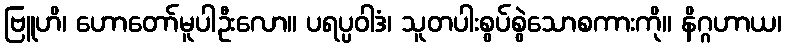
ဗြူဟိ၊ ဟောတော်မူပါဦးလော။ ပရပ္ပဝါဒံ၊ သူတပါးစွပ်စွဲသောစကားကို။ နိဂ္ဂဟာယ၊